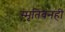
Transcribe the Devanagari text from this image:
स्मृतिवनही